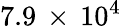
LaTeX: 7.9\, \times\, 10^{4}